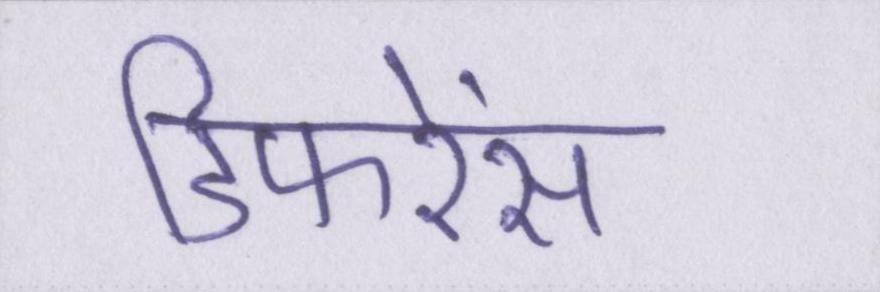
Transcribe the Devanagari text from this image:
डिफरेंस